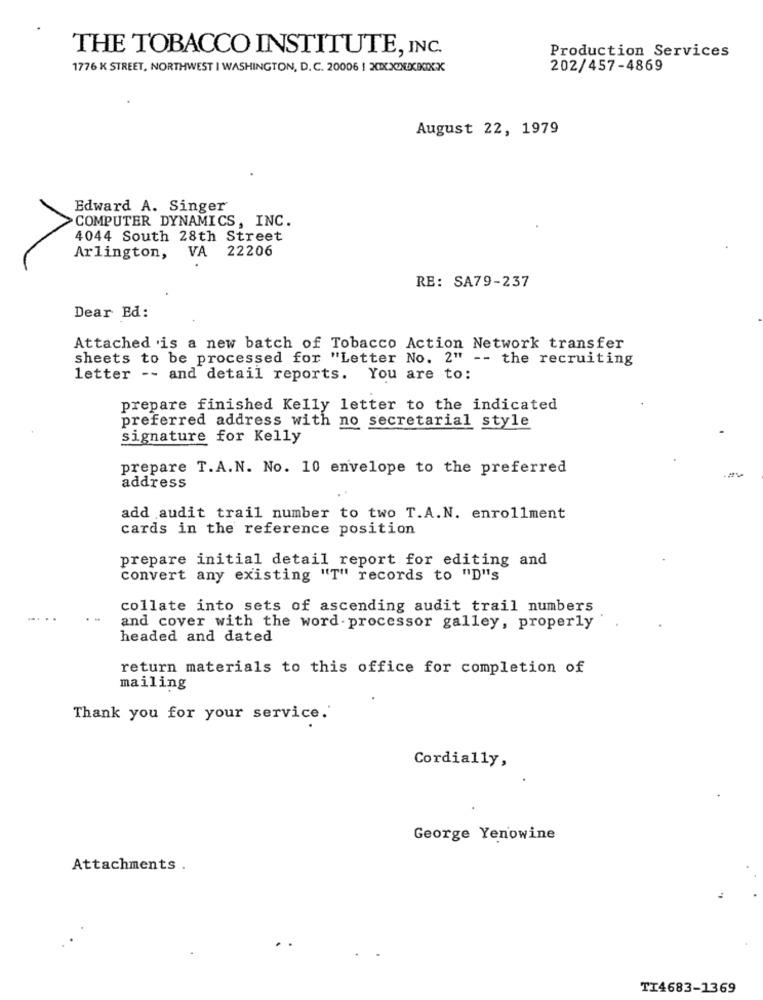
THE TOBACCO INSTITUTE, INC.
Production Services
1776 K STREET, NORTHWEST I WASHINGTON, D.C. 20006 | XXXXXXKIXX
202/457-4869
August 22, 1979
Edward A. Singer
>COMPUTER DYNAMICS, INC.
4044 South 28th Street
Arlington, VA 22206
RE: SA79-237
Dear Ed:
Attached is a new batch of Tobacco Action Network transfer
sheets to be processed for "Letter No. 2" -- the recruiting
letter -- and detail reports. You are to:
prepare finished Kelly letter to the indicated
preferred address with no secretarial style
signature for Kelly
prepare T.A.N. No. 10 envelope to the preferred
address
add audit trail number to two T.A.N. enrollment
cards in the reference position
prepare initial detail report for editing and
convert any existing "T" records to "D"s
collate into sets of ascending audit trail numbers
and cover with the word processor galley, properly
headed and dated
return materials to this office for completion of
mailing
Thank you for your service.
Cordially,
George Yenowine
Attachments .
TI4683-1369